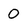
Character: 0